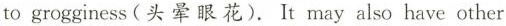
to grogginess(头晕眼花). It may also have other